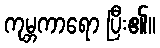
ကုမ္ဘကာရော ပြီး၏။